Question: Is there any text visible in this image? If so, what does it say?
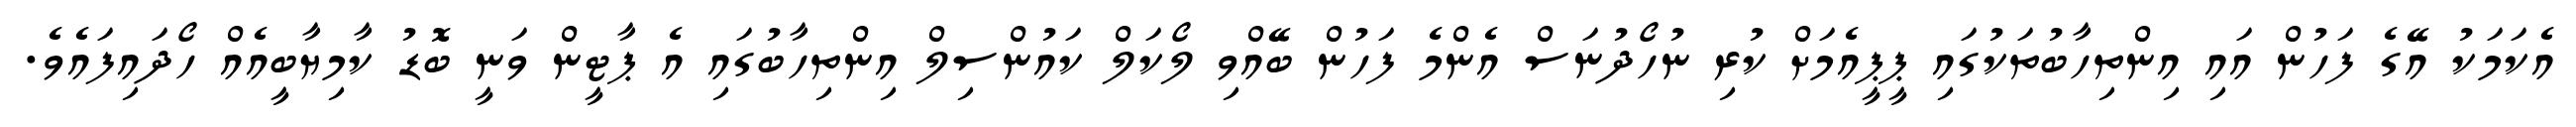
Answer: އެކަމަކު އޭގެ ފަހުން އައި އިންތިހާބުތަކުގައި ޕީޕީއެމަށް ކުރި ނުހޯދުނަސް އެންމެ ފަހުން ބޭއްވި ލޯކަލް ކައުންސިލް އިންތިހާބުގައި އެ ޕާޓީން ވަނީ ބޮޑު ކާމިޔާބީއެއް ހޯދައިފައެވެ.